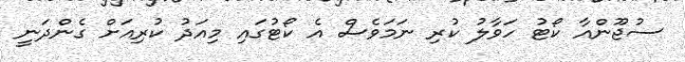
ސުޖޫންއާ ކޯޓު ހަވާލު ކުރި ނަމަވެސް އެ ކޯޓުގައި މިއަދު ކުރިއަށް ގެންދަނީ